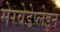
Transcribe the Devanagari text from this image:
मेरवेडेप्लेइन